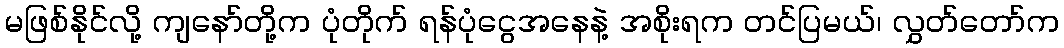
မဖြစ်နိုင်လို့ ကျနော်တို့က ပုံတိုက် ရန်ပုံငွေအနေနဲ့ အစိုးရက တင်ပြမယ်၊ လွှတ်တော်က